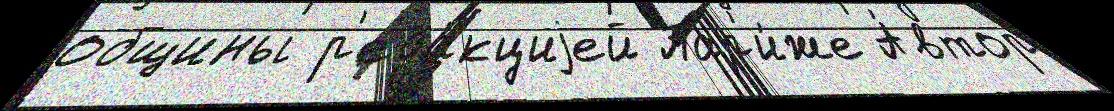
общины р'еда́кциjей Пар'и́же А́втор